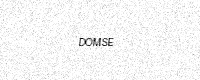
Text: DOMSE